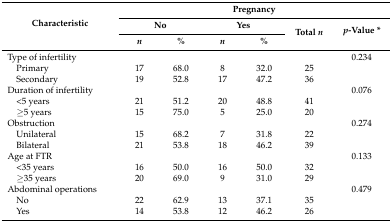
<table><thead><tr><td rowspan="3"><b>Characteristic</b></td><td colspan="6"><b>Pregnancy</b></td></tr><tr><td colspan="2"><b>No</b></td><td colspan="2"><b>Yes</b></td><td rowspan="2"><b>Total <i>n</i></b></td><td rowspan="2"><b><i>p</i>-Value *</b></td></tr><tr><td><b><i>n</i></b></td><td><b>%</b></td><td><b><i>n</i></b></td><td><b>%</b></td></tr></thead><tbody><tr><td>Type of infertility</td><td></td><td></td><td></td><td></td><td></td><td>0.234</td></tr><tr><td> Primary</td><td>17</td><td>68.0</td><td>8</td><td>32.0</td><td>25</td><td></td></tr><tr><td> Secondary</td><td>19</td><td>52.8</td><td>17</td><td>47.2</td><td>36</td><td></td></tr><tr><td>Duration of infertility</td><td></td><td></td><td></td><td></td><td></td><td>0.076</td></tr><tr><td> &lt;5 years</td><td>21</td><td>51.2</td><td>20</td><td>48.8</td><td>41</td><td></td></tr><tr><td> ≥5 years</td><td>15</td><td>75.0</td><td>5</td><td>25.0</td><td>20</td><td></td></tr><tr><td>Obstruction</td><td></td><td></td><td></td><td></td><td></td><td>0.274</td></tr><tr><td> Unilateral</td><td>15</td><td>68.2</td><td>7</td><td>31.8</td><td>22</td><td></td></tr><tr><td> Bilateral</td><td>21</td><td>53.8</td><td>18</td><td>46.2</td><td>39</td><td></td></tr><tr><td>Age at FTR</td><td></td><td></td><td></td><td></td><td></td><td>0.133</td></tr><tr><td> &lt;35 years</td><td>16</td><td>50.0</td><td>16</td><td>50.0</td><td>32</td><td></td></tr><tr><td> ≥35 years</td><td>20</td><td>69.0</td><td>9</td><td>31.0</td><td>29</td><td></td></tr><tr><td>Abdominal operations</td><td></td><td></td><td></td><td></td><td></td><td>0.479</td></tr><tr><td> No</td><td>22</td><td>62.9</td><td>13</td><td>37.1</td><td>35</td><td></td></tr><tr><td> Yes</td><td>14</td><td>53.8</td><td>12</td><td>46.2</td><td>26</td><td></td></tr></tbody></table>